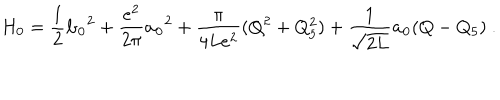
LaTeX: H _ { 0 } = \frac { 1 } { 2 } { \bf b _ { 0 } } ^ { 2 } + \frac { e ^ { 2 } } { 2 \pi } { \bf a _ { 0 } } ^ { 2 } + \frac { \pi } { 4 L e ^ { 2 } } ( Q ^ { 2 } + Q _ { 5 } ^ { 2 } ) + \frac { 1 } { \sqrt { 2 L } } { \bf a _ { 0 } } ( Q - Q _ { 5 } ) \ .